Annual report of the Camel Specialist
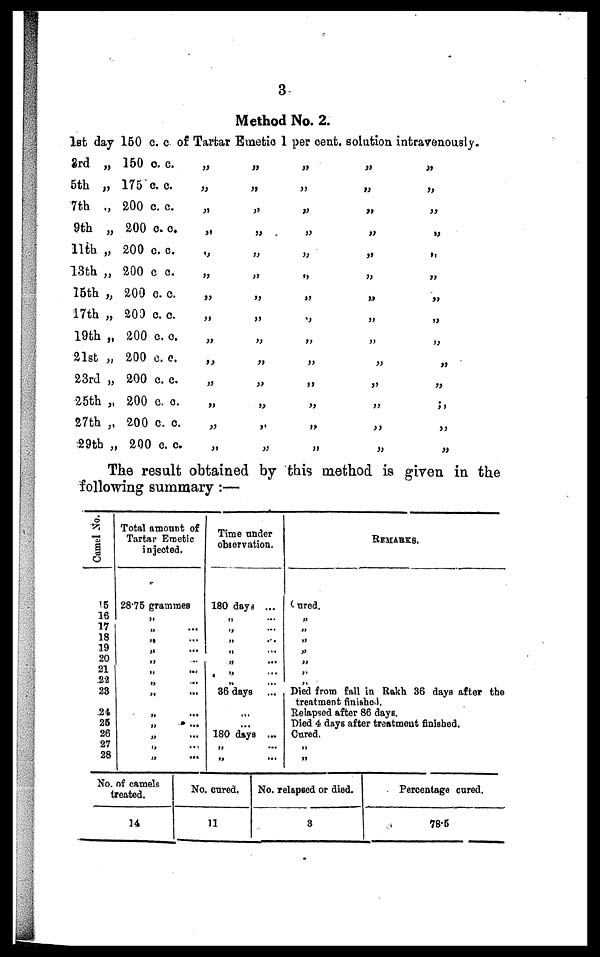
3
Method No. 2.
1st day 150 c. c. of Tartar Emetic 1 per cent. solution intravenously.
3rd „
5th „
7th .,
9th „
11th „
13th „
15th „
17th „
19th „
21st „
23rd „
25th „
27th „
29th „
150 c. c.
175 c. c.
200 c. c.
200 c. c.
200 c. c.
200 c. c.
200 c. c.
200 c. c.
200 c. c.
200 c. c.
200 c. c.
200 c. c.
200 c. c.
200 c. c.
„
„
„
„
„
„
„
„
„
„
„
„
„
„
„
„
„
„
„
„
„
„
„
„
„
„
„
„
„
„
„
„
„
„
„
„
„
„
„
„
„
„
„
„
„
„
„
„
„
„
„
„
„
„
„
„
„
„
„
„
„
„
„
„
„
„
„
„
„
„
The result obtained by this method is given in the
following summary :—
Camel No.
15
16
17
18
19
20
21
22
23
24
25
26
27
28
Total amount of
Tartar Emetic
injected.
28.75 grammes
„
„ ...
„ ...
„ ...
„ ...
„ ...
„ ...
„ ...
„ ...
„ ...
„ ...
„ ...
„ ...
Time under
observation.
180 days ...
„ ...
„ ...
„ ...
„ ...
„ ...
„ ...
„ ...
36 days ...
...
...
180 days ...
„ ...
„ ...
REMARKS.
Cured.
„
„
„
„
„
„
„
Died from fall in Rakh 36 days after the
treatment finished.
Relapsed after 86 days.
Died 4 days after treatment finished.
Cured.
„
„
No. of camels
treated.
14
No. cured.
11
No. relapsed or died.
3
Percentage cured.
78.5